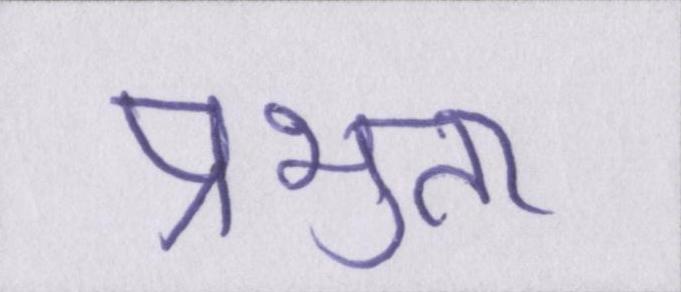
प्रभुता